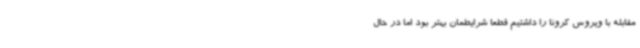
مقابله با ویروس کرونا را داشتیم قطعا شرایطمان بهتر بود اما در حال